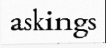
askings